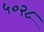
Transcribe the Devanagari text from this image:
५०२८